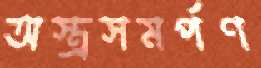
অস্ত্রসমর্পণ